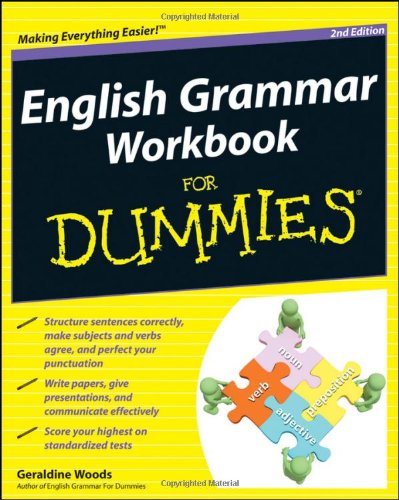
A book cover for English Grammar Workbook For Dummies; Geraldine Woods; Reference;